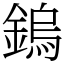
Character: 鎢